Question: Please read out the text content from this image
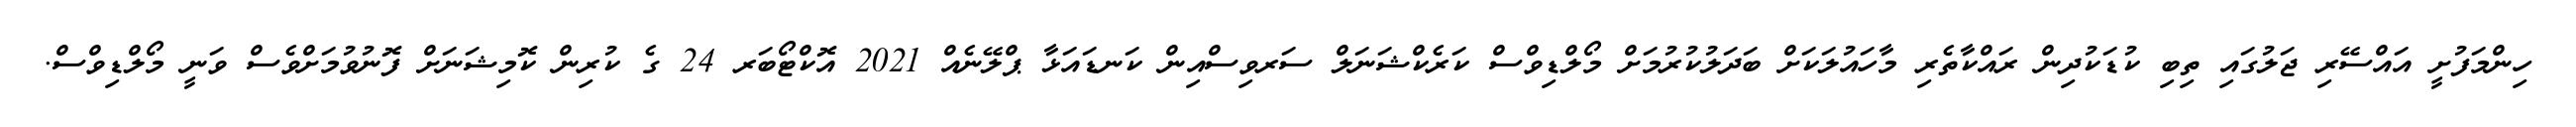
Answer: ހިންމަފުށީ އައްސޭރި ޖަލުގައި ތިބި ކުޑަކުދިން ރައްކާތެރި މާހައުލަކަށް ބަދަލުކުރުމަށް މޯލްޑިވްސް ކަރެކްޝަނަލް ސަރވިސްއިން ކަނޑައަޅާ ޕްލޭނެއް 2021 އޮކްޓޯބަރ 24 ގެ ކުރިން ކޮމިޝަނަށް ފޮނުވުމަށްވެސް ވަނީ މޯލްޑިވްސް.